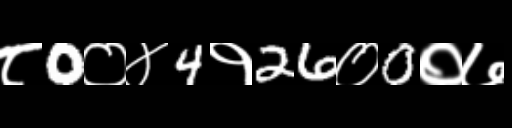
Text: ८0०४4१26०0०७